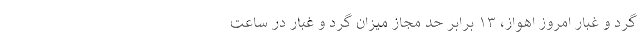
گرد و غبار امروز اهواز، ۱۳ برابر حد مجاز میزان گرد و غبار در ساعت